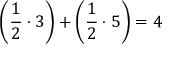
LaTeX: \left( { \frac { 1 } { 2 } } \cdot 3 \right) + \left( { \frac { 1 } { 2 } } \cdot 5 \right) = 4